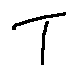
T